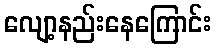
လျော့နည်းနေကြောင်း